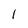
Character: 1